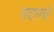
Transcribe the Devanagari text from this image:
गदगचे